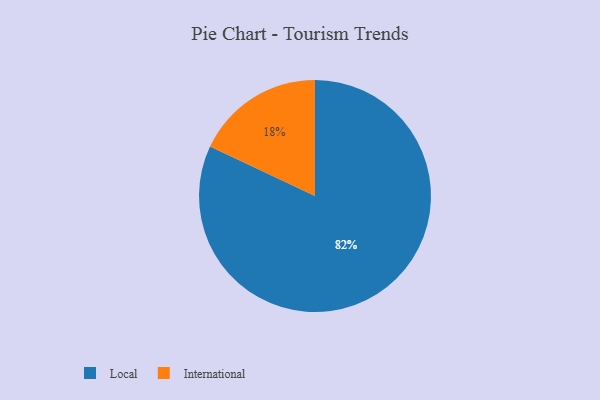
{"axis": {"x": "Category", "y": "Percentage"}, "legend": ["International", "Local"], "data": [{"x": "Local", "y": 82, "type": "Local"}, {"x": "International", "y": 18, "type": "International"}]}